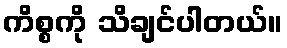
ကိစ္စကို သိချင်ပါတယ်။